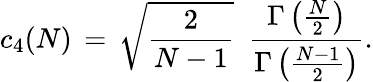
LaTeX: c_{4}(N)\, =\, {\sqrt{\frac{2}{N-1}}}\, \, \, {\frac{\Gamma\left({\frac{N}{2}}\right)}{\Gamma\left({\frac{N-1}{2}}\right)}}.